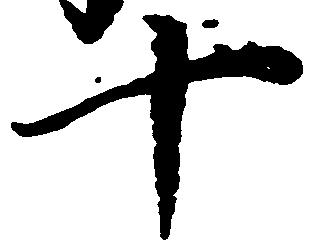
十